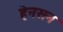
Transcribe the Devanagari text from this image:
हेनसन